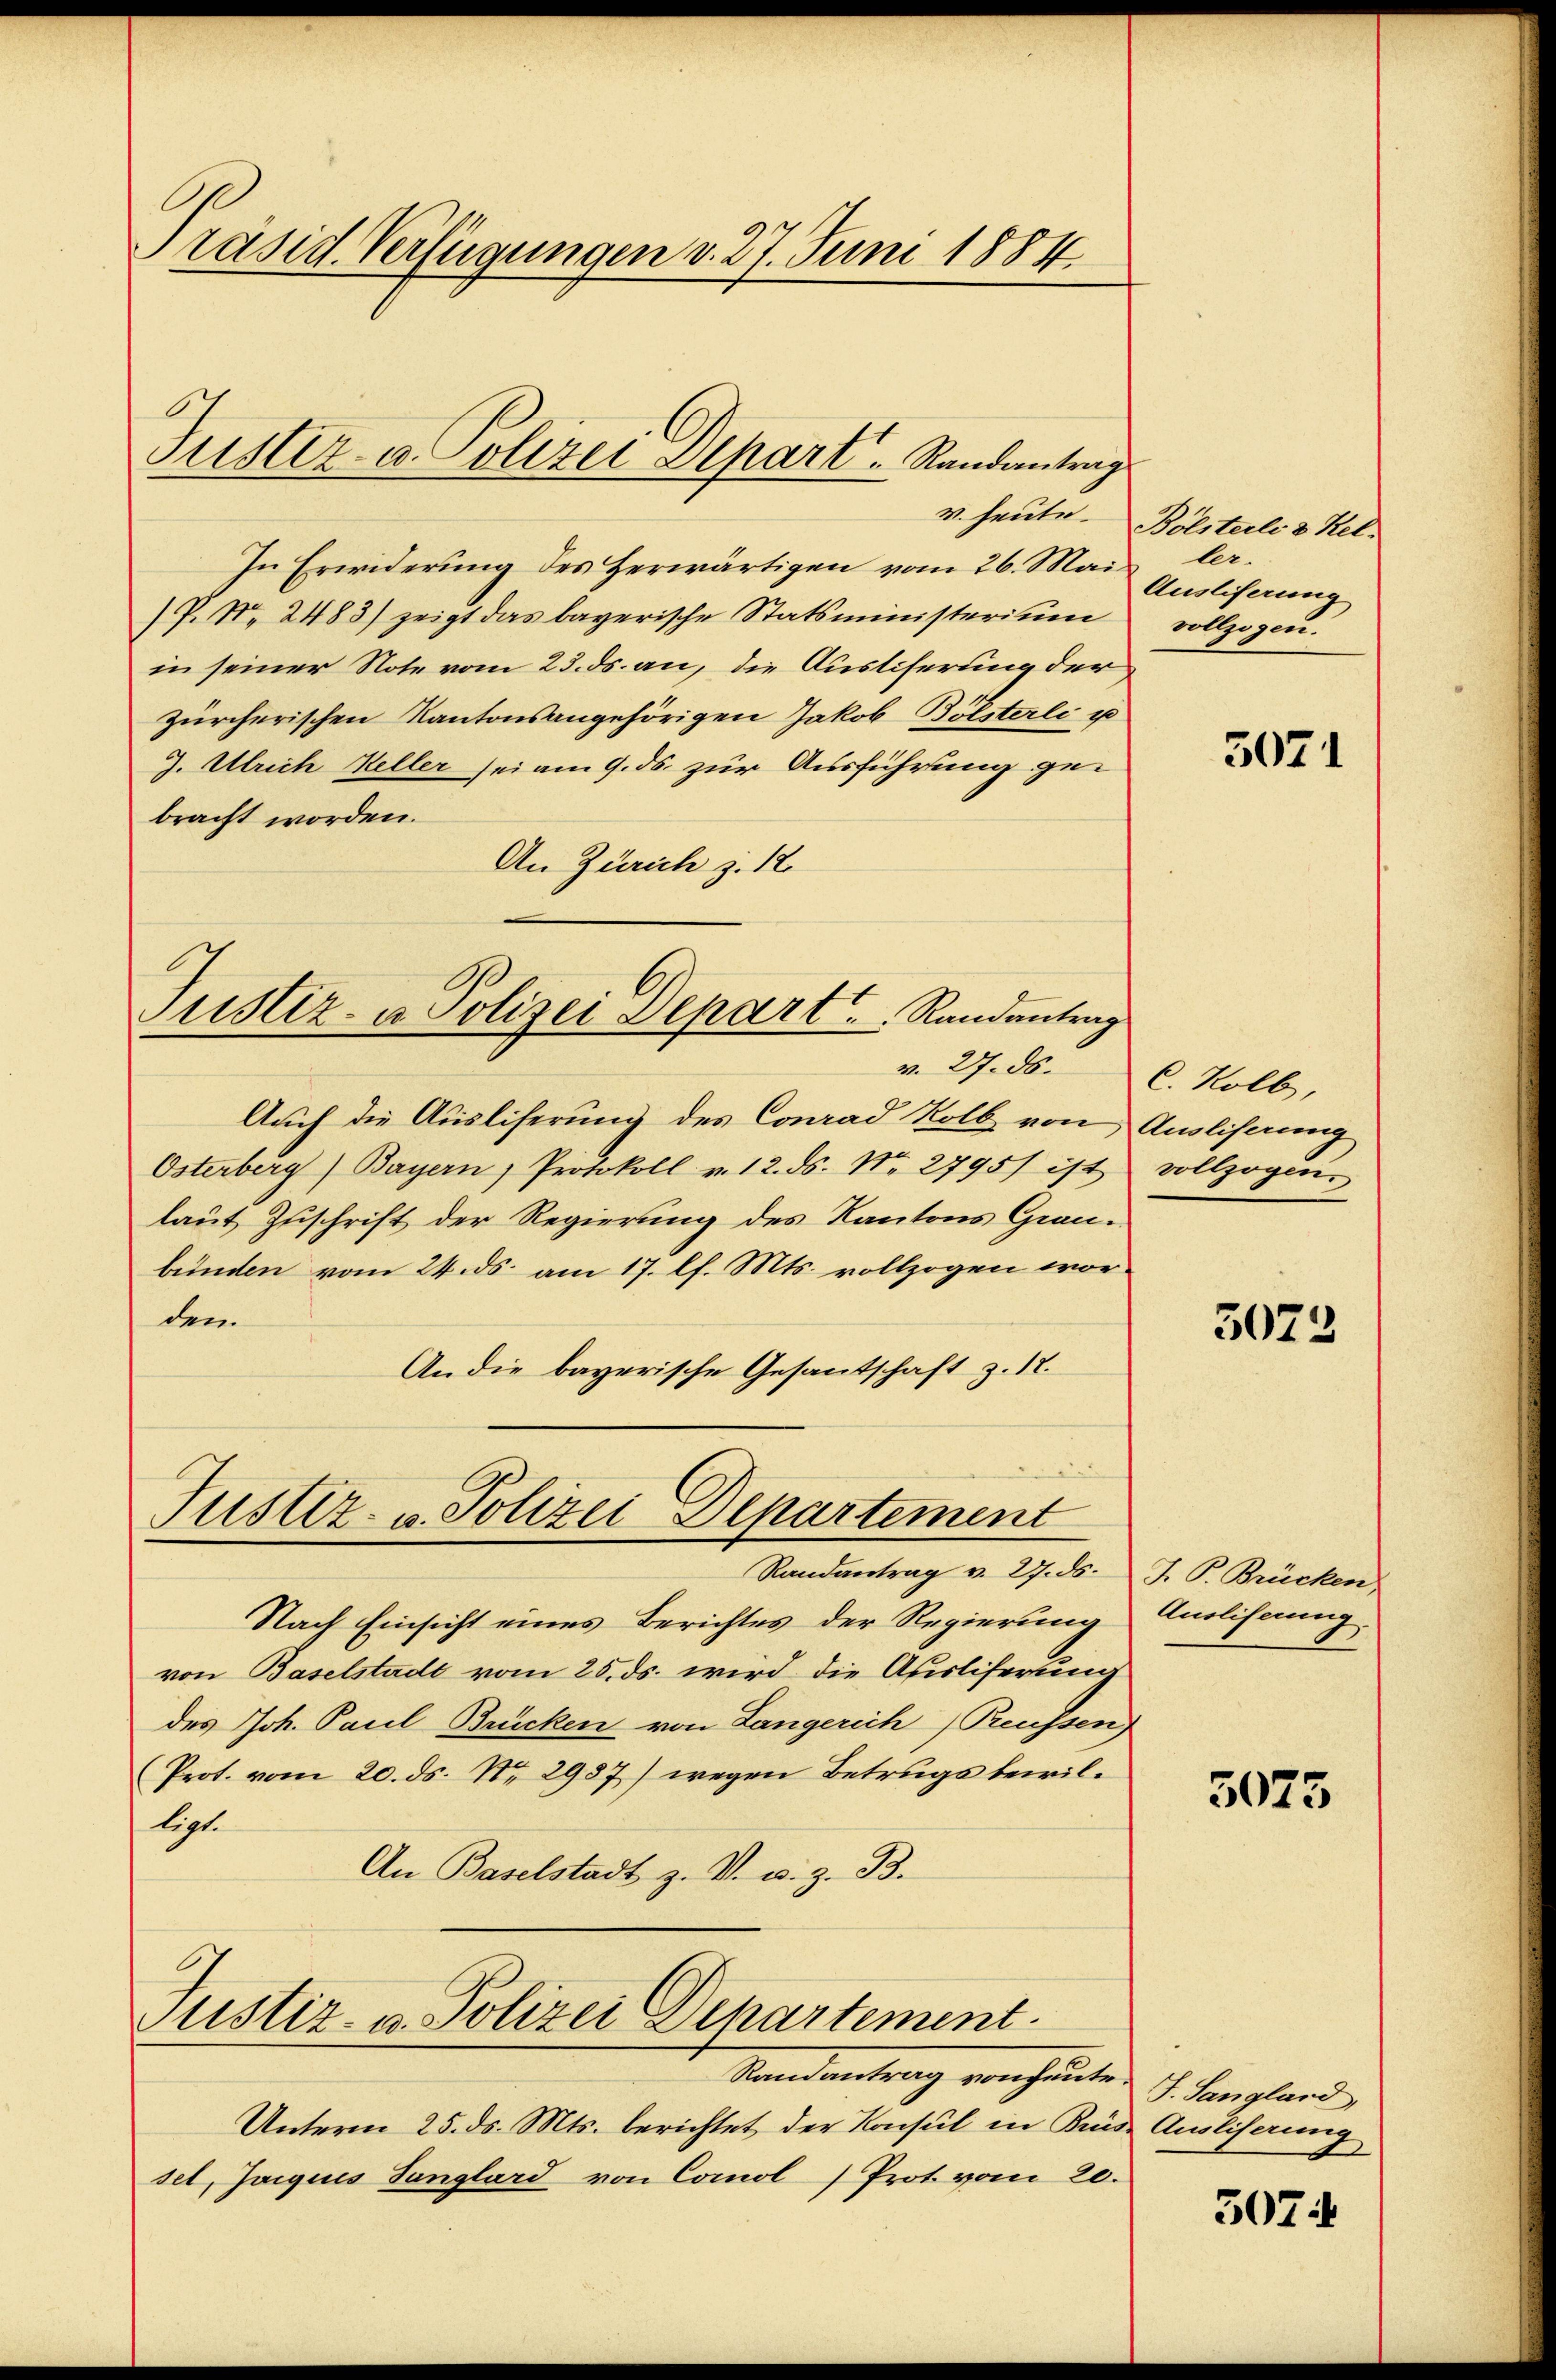
Präsid. Verfügungen v. 27. Juni 1884

Justiz- u. Polizei Depart. Randantrag

v. heute
In Erwiderung des Herwärtigen vom 26. Mai
P. Nr. 2483) zeigt das bayerische Statsministerium
in seiner Note vom 23. ds. an, die Ausliserung der
zürcherischen Kantonsangehörigen Jakob Bölsterli u
J. Ulrich Keller sei am 9. ds. zur Ausführung gebracht worden.
An Zürich z. 12.
Justiz- u. Polizei Depart. Randantrag
Auch die Ausliserung des Conrad Kolb von Ausliserung
Osterberg) Bayern Protokoll v. 12. ds. No. 2795) ist vollzogen
laut Zuschrift der Regierung des Kantons Grau-
bunden vom 24. ds. am 17. lf. Mts. vollzogen worden.
An die bayerische Gesantschaft z. 12.

Justiz- u. Polizei Departement
Randantrag v. 27. ds.

Nach Einsicht eines Berichtes der Regierung
von Baselstadt vom 25. ds. wird die Ausliferung
des Joh. Paul Brücken von Langerich Reussen)
(Prot. vom 20. ds. No. 2987) wegen Betrugs bewilligt.
An Baselstadt z. V. u. z. B.

Justiz- u. Polizei Departement.

Randantrag von heute G. Sangland
Unterm 25. ds. Mts. berichtet der Konsul in Kinde Ausliserung
sel, Joiques Sanglard von Comol) Prot vom 20.

Bölsteili d. Kel
ler-
Ausliferung
vollzogen.

5071

v. 27. ds. C. Kolb,

3073

J. P. Brücken,
Ansliserung

5075

307.